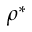
\rho ^ { * }